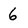
Character: 6